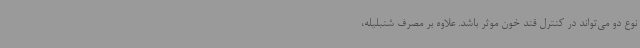
نوع دو می‌تواند در کنترل قند خون موثر باشد. علاوه بر مصرف شنبلیله،